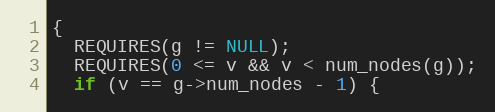
Language: C
{
  REQUIRES(g != NULL);
  REQUIRES(0 <= v && v < num_nodes(g));
  if (v == g->num_nodes - 1) {